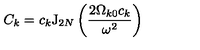
C _ { k } = c _ { k } \mathrm { J } _ { 2 N } \left( \frac { 2 \Omega _ { k 0 } c _ { k } } { \omega ^ { 2 } } \right)